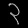
Digit: ၃